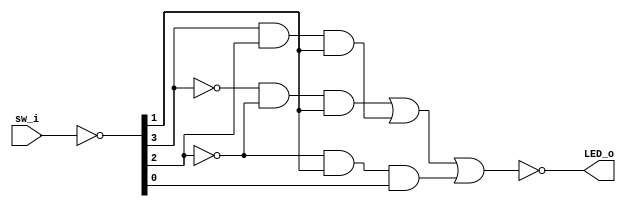
module lab1
(
  input  [1:4] sw_i,    // KEYs
  output       LED_o    // LED0
);

  wire [1:4] x = ~sw_i;

  assign LED_o   = !(
                    !x[1] && !x[2] && x[3] ||
                     x[1] &&  x[2] && x[3] ||
                    !x[2] &&  x[3] && x[4]
                    );    

endmodule